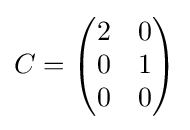
C={\begin{pmatrix}2&0\\0&1\\0&0\end{pmatrix}}